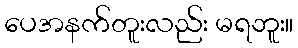
ပေအနက်တူးလည်း မရဘူး။